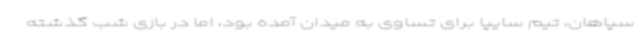
سپاهان، تیم سایپا برای تساوی به میدان آمده بود، اما در بازی شب گذشته